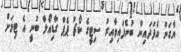
ޔާގަން އެފަދައިން ބުނެފައިވާއިރު ސިޓީގެ ކޯޗު ޕެޕް ގާޑިއޯލާ ބުނީ އެ ޓިމަށް